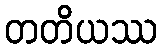
တတိယဿ